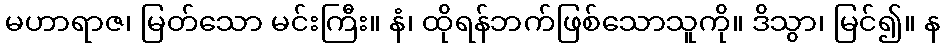
မဟာရာဇ၊ မြတ်သော မင်းကြီး။ နံ၊ ထိုရန်ဘက်ဖြစ်သောသူကို။ ဒိသွာ၊ မြင်၍။ န